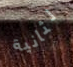
لثانية